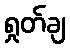
ရှုတ်ချ